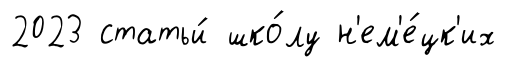
2023 статьи́ шко́лу н'ем'е́цк'их